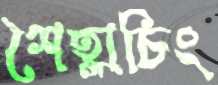
শৈহ্লাচিং